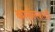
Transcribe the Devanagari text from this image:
कालेलकरही